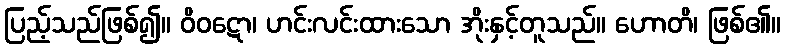
ပြည့်သည်ဖြစ်၍။ ဝိဝဋော၊ ဟင်းလင်းထားသော အိုးနှင့်တူသည်။ ဟောတိ၊ ဖြစ်၏။